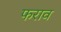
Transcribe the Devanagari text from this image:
फराव